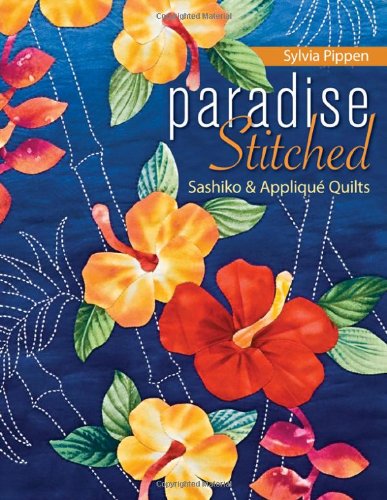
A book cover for Paradise Stitched--Sashiko & Applique Quilts; Sylvia Pippen; Crafts, Hobbies & Home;